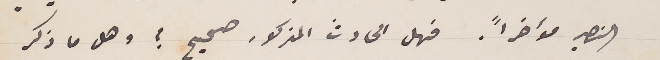
النصير مؤخراً . فهل الحادث المذكور صحيح؟ وهل ما ذكر